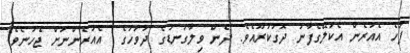
ފަހެ އެއުރެން އެކަލޭގެފާނު ދޮގުކުރޫއެވެ. ދެން ވިލާގަނޑުގެ ދުވަހުގެ  އެއުރެންނަށް ޖެހުނެވެ.